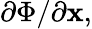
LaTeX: \partial\Phi/\partial{\mathbf{x}},